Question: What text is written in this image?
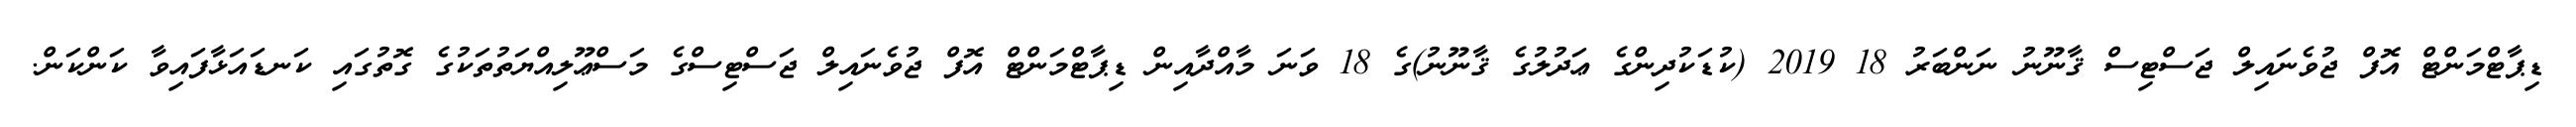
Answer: ޑިޕާޓްމަންޓް އޮފް ޖުވެނައިލް ޖަސްޓިސް ޤާނޫނު ނަންބަރު 18 2019 (ކުޑަކުދިންގެ ޢަދުލުގެ ޤާނޫނު)ގެ 18 ވަނަ މާއްދާއިން ޑިޕާޓްމަންޓް އޮފް ޖުވެނައިލް ޖަސްޓިސްގެ މަސްޢޫލިއްޔަތުތަކުގެ ގޮތުގައި ކަނޑައަޅާފައިވާ ކަންކަން.